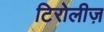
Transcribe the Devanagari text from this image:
टिरोलीज़